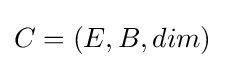
C=(E,B,dim)